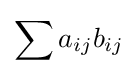
\sum a_{ij}b_{ij}